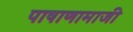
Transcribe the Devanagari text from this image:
पाषाणामाजी